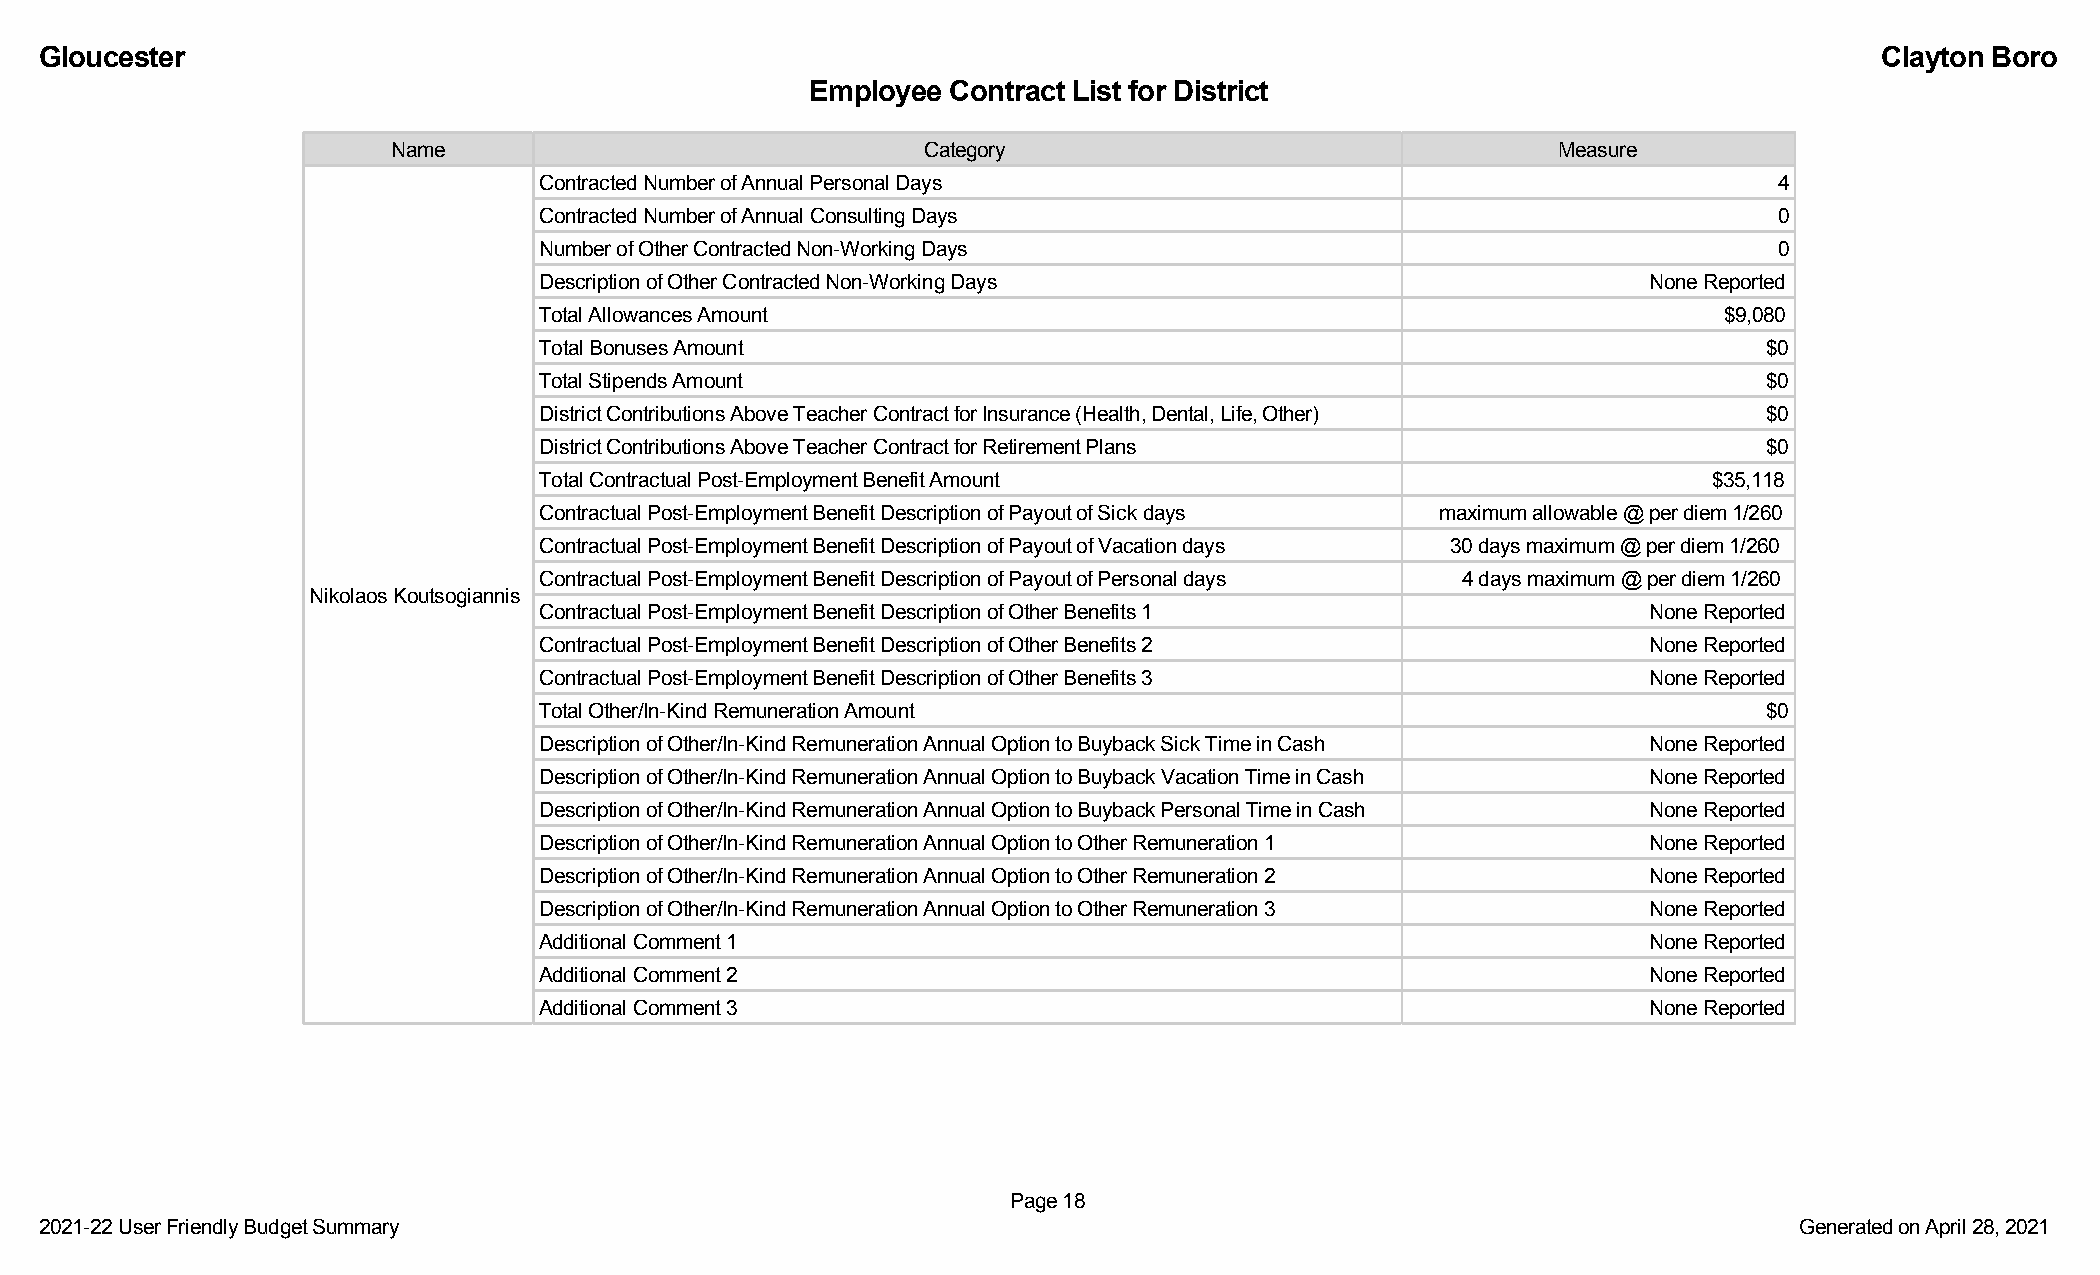
Gloucester                                                                                                                Clayton Boro
 Employee Contract List for District
 Name                               Category                                  Measure
 Contracted Number of Annual Personal Days                                         4
 Contracted Number of Annual Consulting Days                                       0
 Number of Other Contracted Non-Working Days                                       0
 Description of Other Contracted Non-Working Days                         None Reported
 Total Allowances Amount                                                       $9,080
 Total Bonuses Amount                                                             $0
 Total Stipends Amount                                                            $0
 District Contributions Above Teacher Contract for Insurance (Health, Dental, Life, Other) $0
 District Contributions Above Teacher Contract for Retirement Plans               $0
 Total Contractual Post-Employment Benefit Amount                             $35,118
 Contractual Post-Employment Benefit Description of Payout of Sick days maximum allowable @ per diem 1/260
 Contractual Post-Employment Benefit Description of Payout of Vacation days 30 days maximum @ per diem 1/260
 Contractual Post-Employment Benefit Description of Payout of Personal days 4 days maximum @ per diem 1/260
 Nikolaos Koutsogiannis
 Contractual Post-Employment Benefit Description of Other Benefits 1      None Reported
 Contractual Post-Employment Benefit Description of Other Benefits 2      None Reported
 Contractual Post-Employment Benefit Description of Other Benefits 3      None Reported
 Total Other/In-Kind Remuneration Amount                                          $0
 Description of Other/In-Kind Remuneration Annual Option to Buyback Sick Time in Cash None Reported
 Description of Other/In-Kind Remuneration Annual Option to Buyback Vacation Time in Cash None Reported
 Description of Other/In-Kind Remuneration Annual Option to Buyback Personal Time in Cash None Reported
 Description of Other/In-Kind Remuneration Annual Option to Other Remuneration 1 None Reported
 Description of Other/In-Kind Remuneration Annual Option to Other Remuneration 2 None Reported
 Description of Other/In-Kind Remuneration Annual Option to Other Remuneration 3 None Reported
 Additional Comment 1                                                     None Reported
 Additional Comment 2                                                     None Reported
 Additional Comment 3                                                     None Reported
 Page 18
 2021-22 User Friendly Budget Summary                                                                                Generated on April 28, 2021